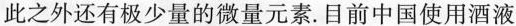
此之外还有极少量的微量元素。目前中国使用酒液